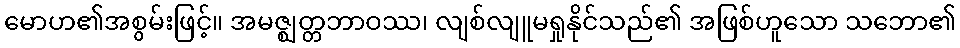
မောဟ၏အစွမ်းဖြင့်။ အမဇ္ဈတ္တဘာဝဿ၊ လျစ်လျူမရှုနိုင်သည်၏ အဖြစ်ဟူသော သဘော၏